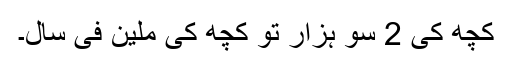
کچھ کی 2 سو ہزار تو کچھ کی ملین فی سال۔